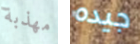
مهذبة جيده